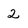
Character: 2